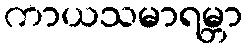
ကာယသမာရမ္ဘာ